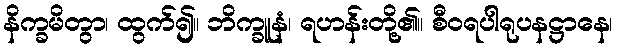
နိက္ခမိတွာ၊ ထွက်၍။ ဘိက္ခူနံ၊ ရဟန်းတို့၏။ စီဝရပါရုပနဋ္ဌာနေ၊